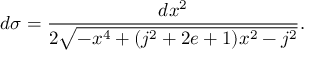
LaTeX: d \sigma = \frac { d x ^ { 2 } } { 2 \sqrt { - x ^ { 4 } + ( j ^ { 2 } + 2 e + 1 ) x ^ { 2 } - j ^ { 2 } } } .